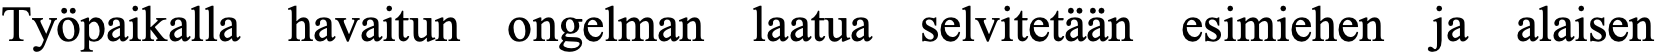
Työpaikalla havaitun ongelman laatua selvitetään esimiehen ja alaisen